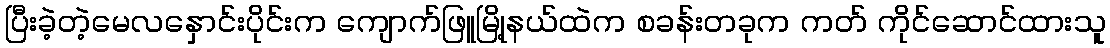
ပြီးခဲ့တဲ့မေလနှောင်းပိုင်းက ကျောက်ဖြူမြို့နယ်ထဲက စခန်းတခုက ကတ် ကိုင်ဆောင်ထားသူ